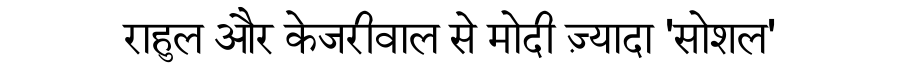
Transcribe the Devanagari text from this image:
राहुल और केजरीवाल से मोदी ज़्यादा 'सोशल'